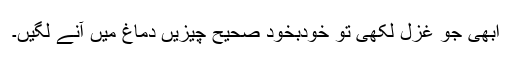
ابھی جو غزل لکھی تو خودبخود صحیح چیزیں دماغ میں آنے لگیں۔